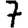
Digit: 7